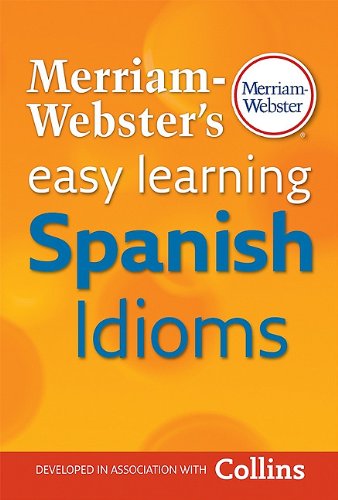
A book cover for Merriam-Webster's Easy Learning Spanish Idioms (Spanish Edition); Merriam-Webster; Law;